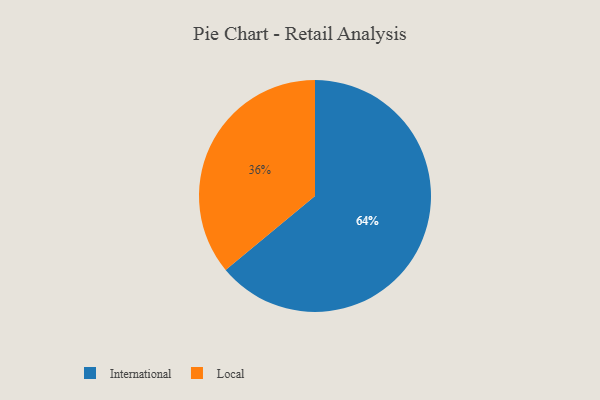
{"axis": {"x": "Category", "y": "Percentage"}, "legend": ["International", "Local"], "data": [{"x": "Local", "y": 36, "type": "Local"}, {"x": "International", "y": 64, "type": "International"}]}